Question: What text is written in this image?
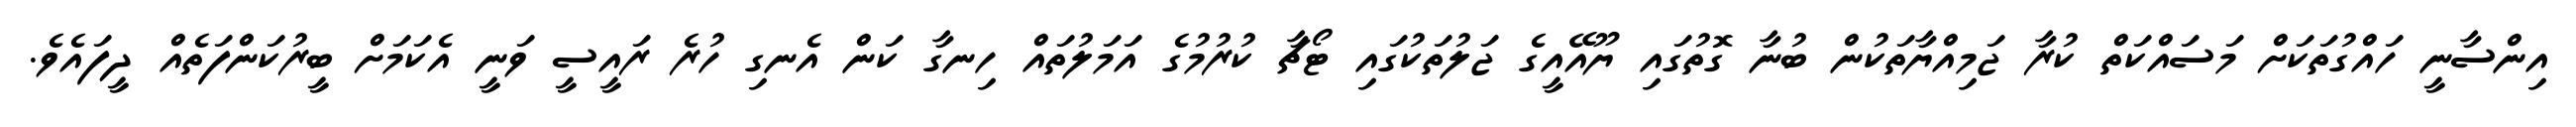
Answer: އިންސާނީ ހައްގުތަކަށް މަސައްކަތް ކުރާ ޖަމިއްޔާތަކުން ބުނާ ގޮތުގައި ޔޫއޭއީގެ ޖަލުތަކުގައި ޓޯޗާ ކުރުމުގެ އަމަލުތައް ހިނގާ ކަން އެނގި ހުރެ ރައީސީ ވަނީ އެކަމަށް ބީރުކަންފަތެއް ދީފައެވެ.